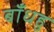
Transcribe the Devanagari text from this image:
बाँधहु